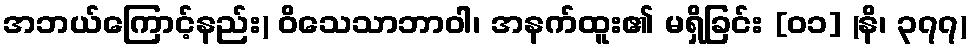
အဘယ်ကြောင့်နည်း) ဝိသေသာဘာဝါ၊ အနက်ထူး၏ မရှိခြင်း [၀၁] (နိ၊ ၃၇၇)